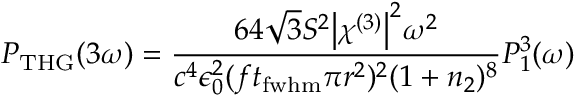
P _ { \mathrm { T H G } } ( 3 \omega ) = \frac { 6 4 \sqrt { 3 } S ^ { 2 } \big | \chi ^ { ( 3 ) } \big | ^ { 2 } \omega ^ { 2 } } { c ^ { 4 } \epsilon _ { 0 } ^ { 2 } ( f t _ { \mathrm { f w h m } } \pi r ^ { 2 } ) ^ { 2 } ( 1 + n _ { 2 } ) ^ { 8 } } P _ { 1 } ^ { 3 } ( \omega )